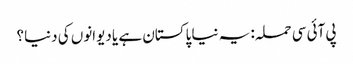
پی آئی سی حملہ: یہ نیا پاکستان ہے یا دیوانوں کی دنیا؟